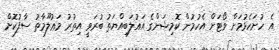
އެ ހުށަހެޅުމަށް ވޯޓަށް އެހުމުން ކޮމިޝަންގެ އަޣުލަބިއްޔަތު ބުރަވީ އިތުރު މަޢުލޫމާތު ސާފުކޮށް